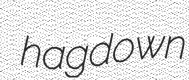
hagdown